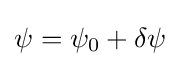
\psi =\psi _{0}+\delta \psi